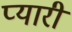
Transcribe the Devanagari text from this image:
प्‍यारी